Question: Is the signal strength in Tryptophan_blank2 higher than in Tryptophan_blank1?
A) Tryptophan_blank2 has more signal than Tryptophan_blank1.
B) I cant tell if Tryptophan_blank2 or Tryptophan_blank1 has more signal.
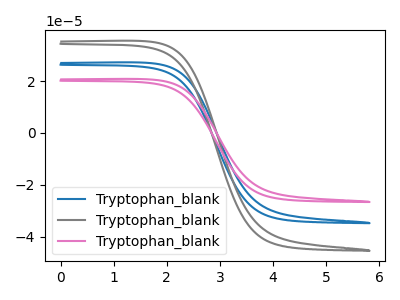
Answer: <think>The blue curve "Tryptophan_blank1" has no peaks. The gray curve "Tryptophan_blank2" has no peaks. The pink curve "Tryptophan_blank3" has no peaks.
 Neither "Tryptophan_blank2" or "Tryptophan_blank1" have any peaks.</think>
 <answer>B) I cant tell if "Tryptophan_blank2" or "Tryptophan_blank1" has more signal.</answer>
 <eval>B</eval>